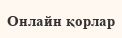
Онлайн қорлар